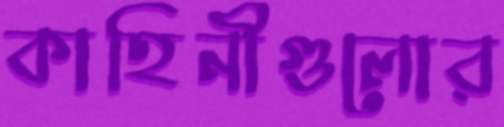
কাহিনীগুলোর